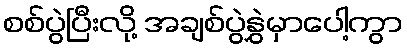
စစ်ပွဲပြီးလို့ အချစ်ပွဲနွှဲမှာပေါ့ကွာ